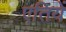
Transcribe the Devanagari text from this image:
एतियें